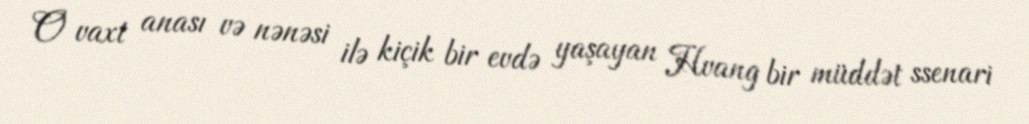
O vaxt anası və nənəsi ilə kiçik bir evdə yaşayan Hvang bir müddət ssenari